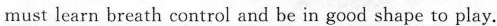
must learn breath control and be in good shape to play.